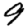
Digit: 9